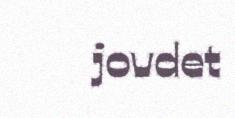
jovdet